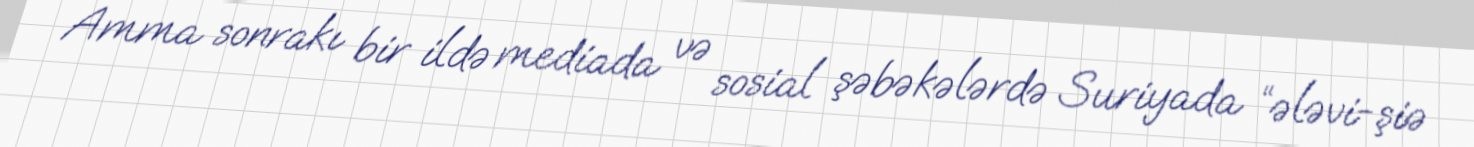
Amma sonrakı bir ildə mediada və sosial şəbəkələrdə Suriyada “ələvi-şiə